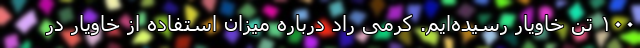
۱۰۰ تن خاویار رسیده‌ایم. کرمی راد درباره میزان استفاده از خاویار در